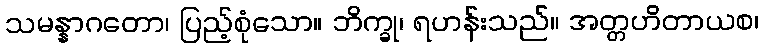
သမန္နာဂတော၊ ပြည့်စုံသော။ ဘိက္ခု၊ ရဟန်းသည်။ အတ္တဟိတာယစ၊